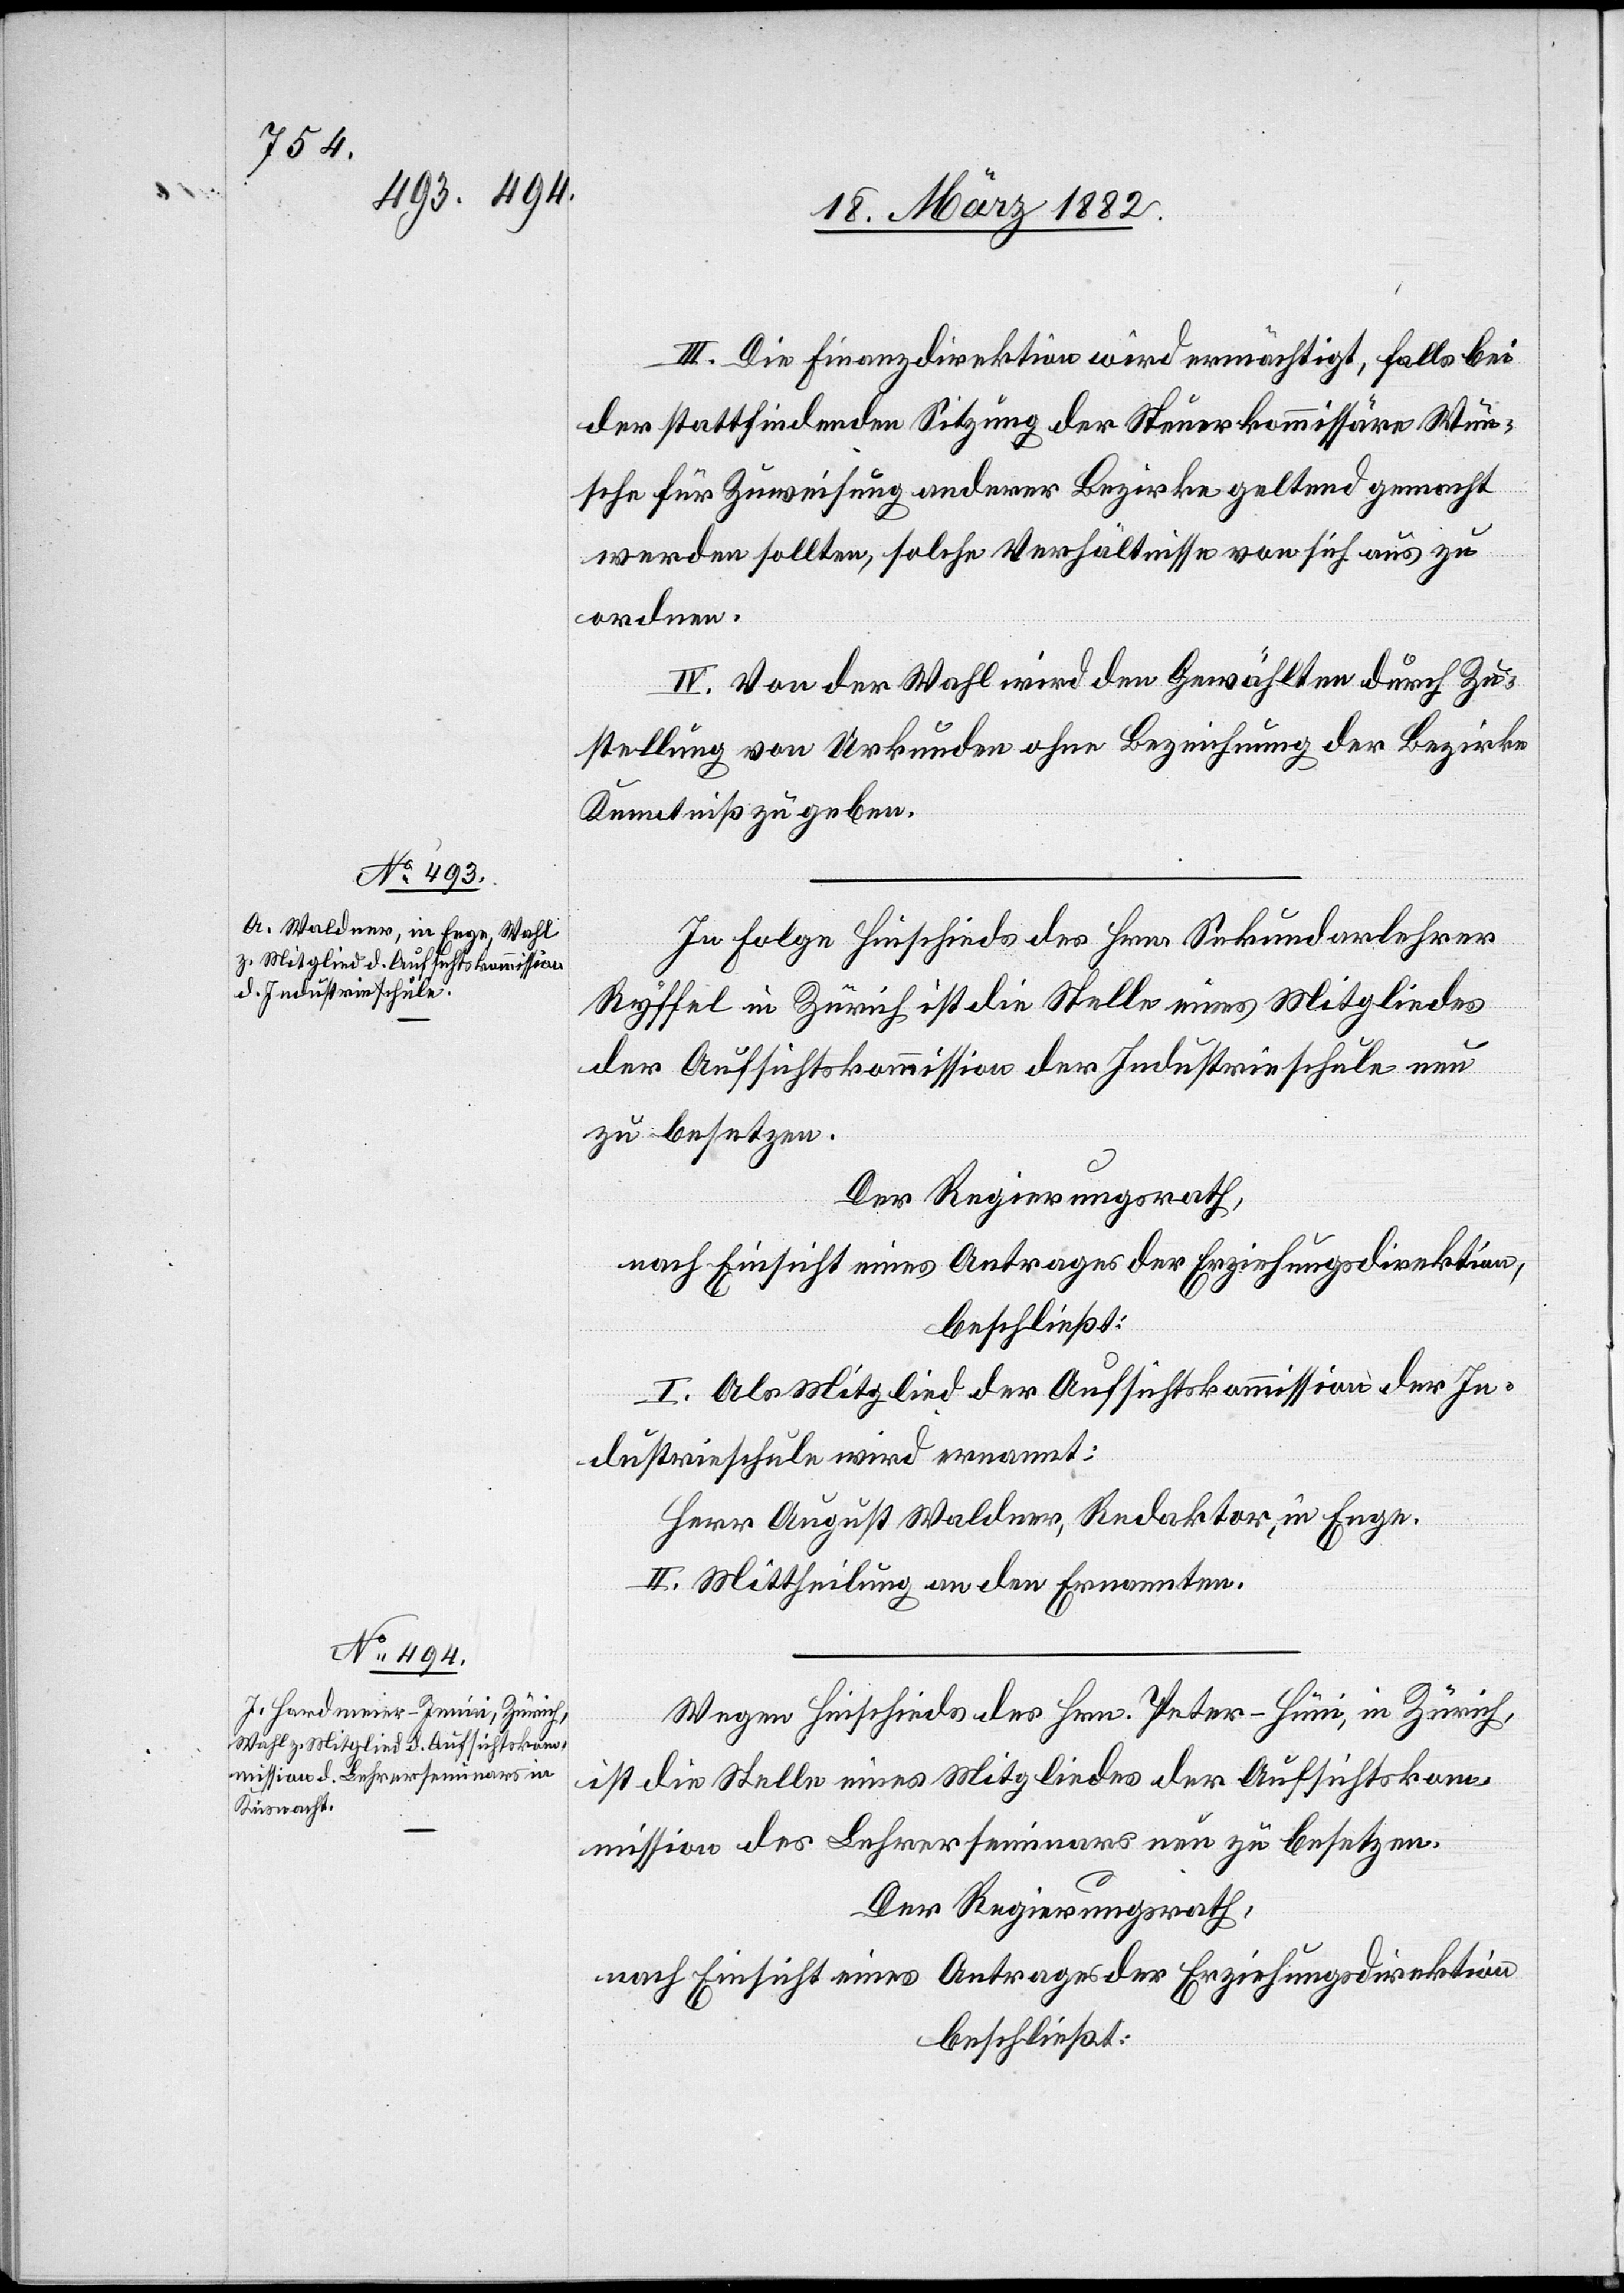
II. Die Finanzdirektion wird ermächtigt, falls bei
der stattfindenden Sitzung der Steuerkommissäre Wün¬
sche für Zuweisung anderer Bezirke geltend gemacht
Kenntniß
werden sollten, solche Verhältnisse von sich aus zu
ordnen.
IV. Von der Wahl wird den Gewählten durch Zu¬
stellung von Urkunden ohne Bezeichnung der Bezirke
Kenntniß zu geben
In Folge Hinschieds des Hrn. Sekundarlehrer
Ryffel in Zürich ist die Stelle eines Mitgliedes
der Aufsichtskommission der Industrieschule neu
zu besetzen.
Der Regierungsrath,
nach Einsicht eines Antrages der Erziehungsdirektion,
beschließt:
I. Als Mitglied der Aufsichtskommission der In¬
dustrieschulde wir ernannt:
Herr August Walder, Redaktor, in Enge.
II. Mittheilung an den Ernannten.
Wegen Hinschied des Hrn. Peter-Hüni, in Zürich,
ist die Stelle eines Mitgliedes der Aufsichtskom¬
mission des Lehrerseminars neu zu besetzen.
Der Regierungsrath,
nach Einsicht eines Antrages der Erziehungsdirektion
beschließt: